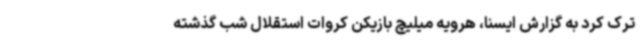
ترک کرد به گزارش ایسنا، هرویه میلیچ بازیکن کروات استقلال شب گذشته